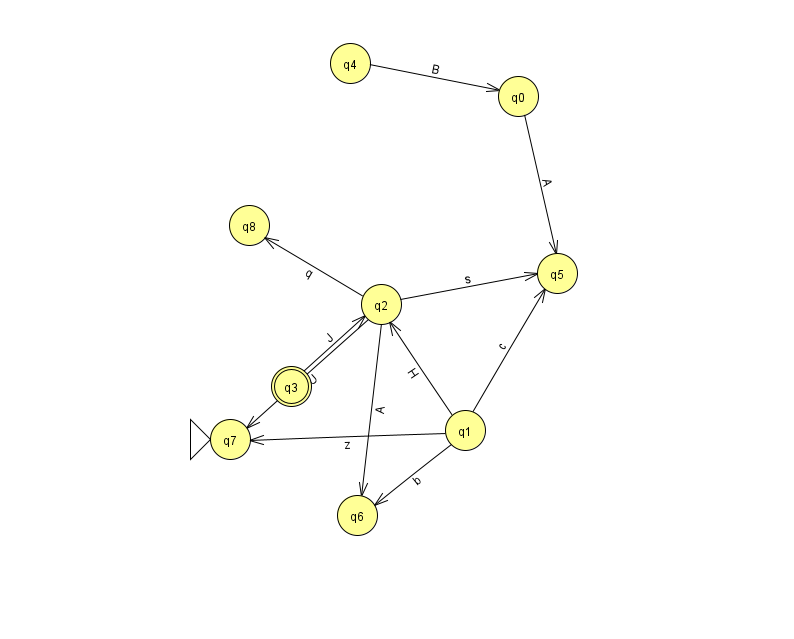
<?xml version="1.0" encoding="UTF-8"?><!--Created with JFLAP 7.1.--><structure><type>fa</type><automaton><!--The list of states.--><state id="0" name="q0"><x>518.0</x><y>83.0</y></state><state id="1" name="q1"><x>465.0</x><y>417.0</y></state><state id="2" name="q2"><x>381.0</x><y>291.0</y></state><state id="3" name="q3"><x>291.0</x><y>373.0</y><final/></state><state id="4" name="q4"><x>350.0</x><y>50.0</y></state><state id="5" name="q5"><x>557.0</x><y>260.0</y></state><state id="6" name="q6"><x>357.0</x><y>502.0</y></state><state id="7" name="q7"><x>230.0</x><y>426.0</y><initial/></state><state id="8" name="q8"><x>249.0</x><y>212.0</y></state><!--The list of transitions.--><transition><from>1</from><to>5</to><read>c</read></transition><transition><from>1</from><to>6</to><read>b</read></transition><transition><from>1</from><to>2</to><read>H</read></transition><transition><from>2</from><to>7</to><read>U</read></transition><transition><from>2</from><to>8</to><read>q</read></transition><transition><from>1</from><to>7</to><read>z</read></transition><transition><from>2</from><to>5</to><read>s</read></transition><transition><from>2</from><to>6</to><read>A</read></transition><transition><from>3</from><to>2</to><read>J</read></transition><transition><from>0</from><to>5</to><read>A</read></transition><transition><from>4</from><to>0</to><read>B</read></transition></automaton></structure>